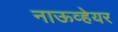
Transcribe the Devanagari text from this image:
नाऊव्हेयर